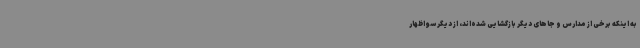
به اینکه برخی از مدارس و جاهای دیگر بازگشایی شده‌اند، از دیگر سو اظهار